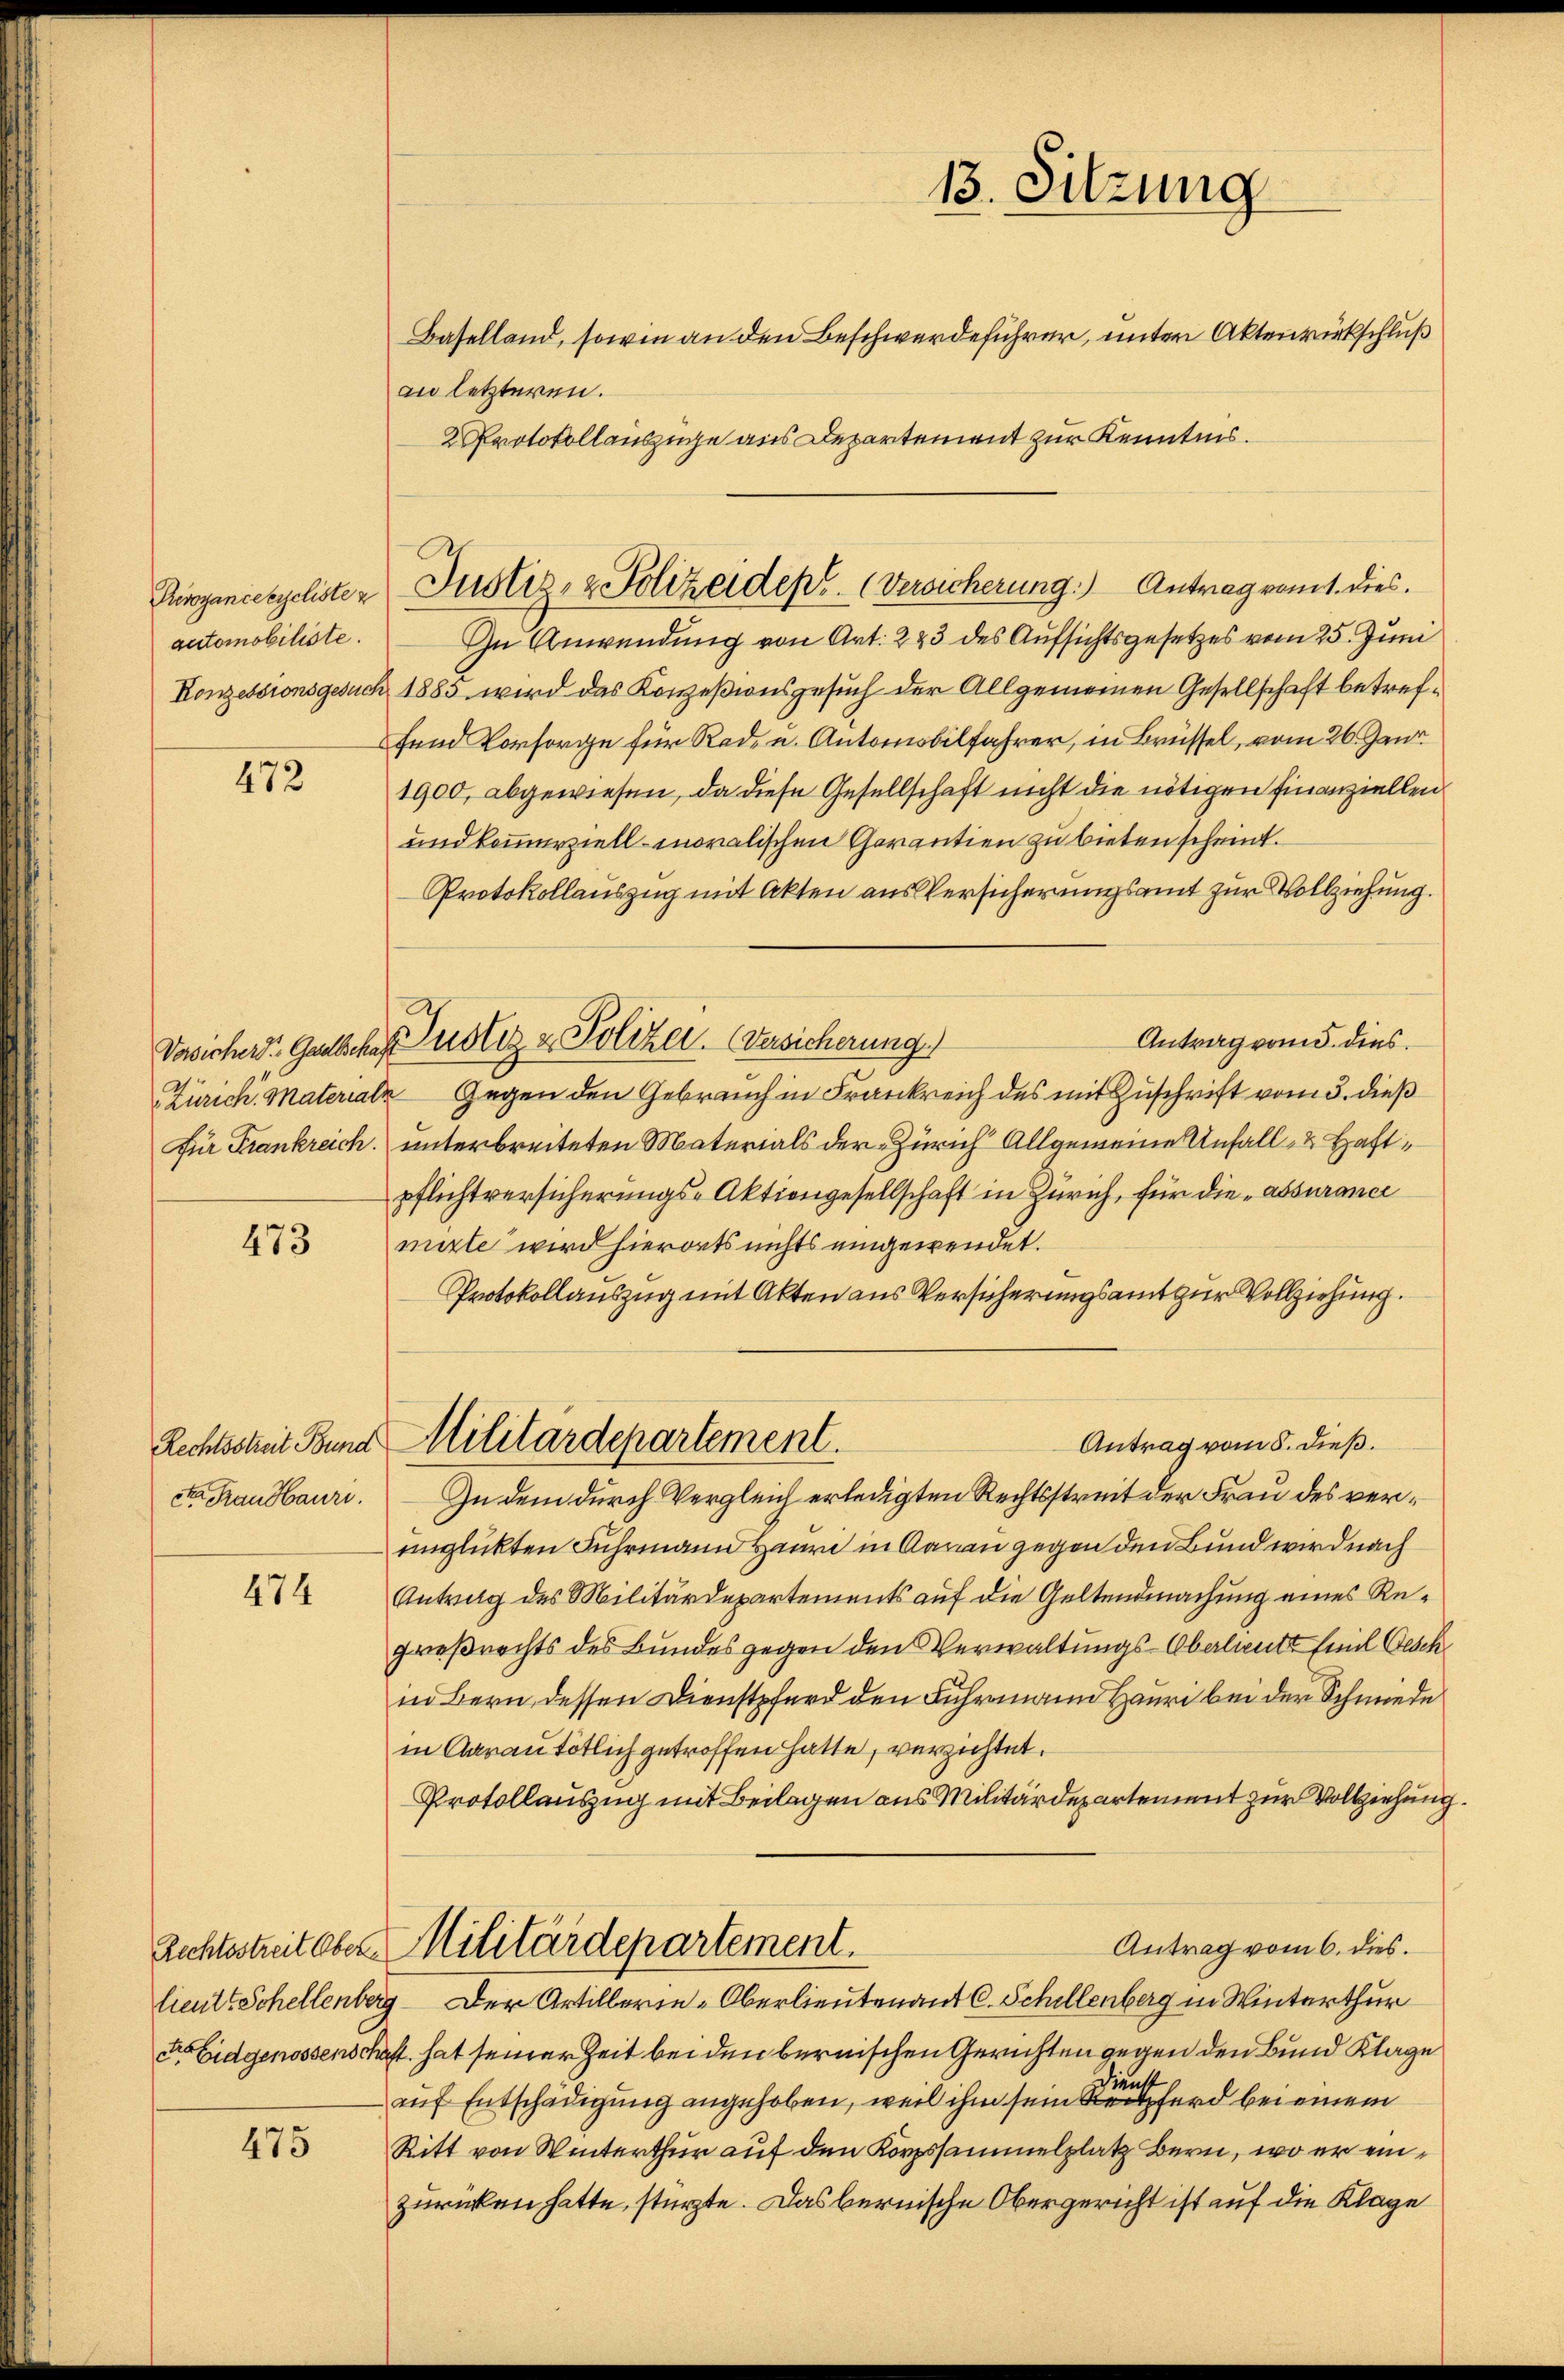
Reroganiceycliste z
automobiliste.
Konzessionsgesuch

472

473

Rechtsstreit Bund
ct Grandbauri

474

475

an letzteren.
2 Protokollauszüge aus Departement zur Kenntnis.

13. Sitzung
Baselland, sowie an den Beschwerdeführer, unter Aktenrückschluß

In Anwendung von Art. 223 des Aufsichtsgesetzes vom 25. Juni
1883 wird das Konzeßionsgesuch der Allgemeinen Gesellschaft betreffend Vorsorge für Rede u. Antonsbilfahrer, in Brüssel, vom 26. Juni
1900, abgewiesen, da diese Gesellschaft nicht die nötigen Finanziellen
und kommerziell moralischen Garantien zu bieten scheint.
Protokollauszug mit Akten aus Versicherungsamt zur Vollziehung.
Antrag vom 5. dies
Zürich. Materiale Gegen den Gebrauch in Frankreich des mit Zuschrift vom 3. dieß
Für Frankreich. unterbreiteten Materials der Zürich Allgemeine Unfall- u. Haftpflichtversicherungs-Aktiengesellschaft in Zürich, für die „assurance
mitte wird hierorts nichts eingewendet.
Protokollauszug mit Akten aus Versicherungsamt zur Vollziehung.
Antrag vom 8. dieß.
Militärdepartement.
In dem durch Vergleich erledigten Rechtsstreit der Frau des verenglickten Fuhrmann Herrn in Aarau gegen den Bund wird nach
Antrag des Militärdepartements auf die Geltendmachung eines Re¬
Großrechts des Bundesgegen den Verwaltungs-Oberlieutt Emil Gesch
in Bern dessen Dienstpferd den Fuhrmann Hauri bei der Schmiede
in Aarau tötlich getroffen hatte, verzichtet.
Protollauszug mit Beilagen aus Militärdepartement zur Vollziehung
Antrag vom 6. dies.
Rechtsstreit aber Militärdepartement.
lieute Schellenberg. Der Artillerie-Oberlieutenant C. Schillenberg in Winterthur
 Eidgenossenschaft hat seiner Zeit bei den bernischen Gerichten gegen den Bund Klage
dienst
auf Entschädigung angehoben, weil ihm sein Refer bei einem
Ritt von Winterthur auf den Korpssammelplatz Bern, wo er einzurücken hatte, stürzte. Das bernische Obergericht ist auf die Klage

Justiz- & Polizeidept. (Versicherung.) Antrag romt. Dies

Vosicher Geschaft notiz & Polizel. Versicherung